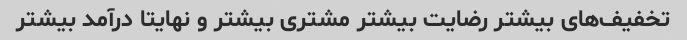
تخفیف‌های بیشتر رضایت بیشتر مشتری بیشتر و نهایتا درآمد بیشتر